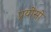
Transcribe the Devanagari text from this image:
प्रयोसो